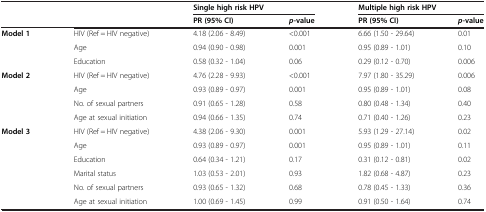
|  |  | <COLSPAN=2> Single high risk HPV | <COLSPAN=2> Multiple high risk HPV |
 |  |  | PR (95% CI) | p-value | PR (95% CI) | p-value |
 | --- | --- | --- | --- | --- | --- |
 | Model 1 | HIV (Ref = HIV negative) | 4.18 (2.06 - 8.49) | <0.001 | 6.66 (1.50 - 29.64) | 0.01 |
 |  | Age | 0.94 (0.90 - 0.98) | 0.001 | 0.95 (0.89 - 1.01) | 0.10 |
 |  | Education | 0.58 (0.32 - 1.04) | 0.06 | 0.29 (0.12 - 0.70) | 0.006 |
 | Model 2 | HIV (Ref = HIV negative) | 4.76 (2.28 - 9.93) | <0.001 | 7.97 (1.80 - 35.29) | 0.006 |
 |  | Age | 0.93 (0.89 - 0.97) | 0.001 | 0.95 (0.89 - 1.01) | 0.08 |
 |  | No. of sexual partners | 0.91 (0.65 - 1.28) | 0.58 | 0.80 (0.48 - 1.34) | 0.40 |
 |  | Age at sexual initiation | 0.94 (0.66 - 1.35) | 0.74 | 0.71 (0.40 - 1.26) | 0.23 |
 | Model 3 | HIV (Ref = HIV negative) | 4.38 (2.06 - 9.30) | 0.001 | 5.93 (1.29 - 27.14) | 0.02 |
 |  | Age | 0.93 (0.89 - 0.97) | 0.001 | 0.95 (0.89 - 1.01) | 0.11 |
 |  | Education | 0.64 (0.34 - 1.21) | 0.17 | 0.31 (0.12 - 0.81) | 0.02 |
 |  | Marital status | 1.03 (0.53 - 2.01) | 0.93 | 1.82 (0.68 - 4.87) | 0.23 |
 |  | No. of sexual partners | 0.93 (0.65 - 1.32) | 0.68 | 0.78 (0.45 - 1.33) | 0.36 |
 |  | Age at sexual initiation | 1.00 (0.69 - 1.45) | 0.99 | 0.91 (0.50 - 1.64) | 0.74 |